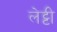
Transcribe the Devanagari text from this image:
लेट्टी